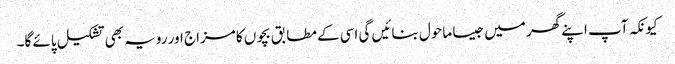
کیونکہ آپ اپنے گھر میں جیسا ماحول بنائیں گی اسی کے مطابق بچوں کا مزاج اور رویہ بھی تشکیل پائے گا۔